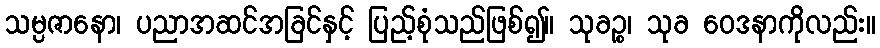
သမ္ပဇာနော၊ ပညာအဆင်အခြင်နှင့် ပြည့်စုံသည်ဖြစ်၍။ သုခဉ္စ၊ သုခ ဝေဒနာကိုလည်း။